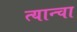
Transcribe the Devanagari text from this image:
त्यान्चा